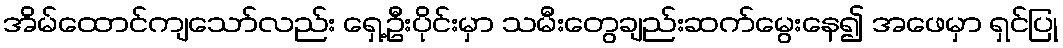
အိမ်ထောင်ကျသော်လည်း ရှေ့ဦးပိုင်းမှာ သမီးတွေချည်းဆက်မွေးနေ၍ အဖေမှာ ရှင်ပြု